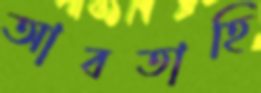
আবতাহি